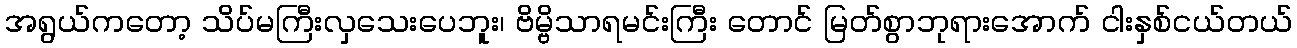
အရွယ်ကတော့ သိပ်မကြီးလှသေးပေဘူး၊ ဗိမ္ဗိသာရမင်းကြီး တောင် မြတ်စွာဘုရားအောက် ငါးနှစ်ငယ်တယ်